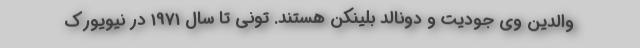
والدین وی جودیت و دونالد بلینکن هستند. تونی تا سال 1971 در نیویورک